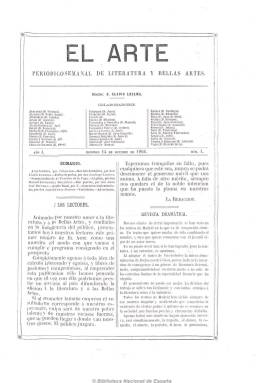
Título: El Arte (Madrid. 1866)
Colección: Literatura || Arte
Ámbito geográfico: Madrid
Lugar de publicación: Madrid
Fechas: 14/10/1866-23/12/1866

Subtitulado como “periódico semanal de literatura y bellas artes”, aparece en números de ocho páginas. Dedicado especialmente a la música, sus dos principales secciones son Revista dramática y Revista lírica, especie de crónica sobre la actividad teatral. Publica también textos de creación literaria (narrativa breve y poemas), artículos varios y una sección de variedades.

Su editor responsable y director es Eladio Lezama, y sus principales redactores, José Teulón y Juan José Herranz. Bajo su cabecera aparece la nómina de casi medio centenar de literatos de la época como colaboradores, entre los que se encuentran Francisco Asenjo Barbieri, Eusebio Blasco, José Alcalá Galiano, Mariano Fortuny, Julián Romea, Isidoro Fernández Florez, J. Gimeno Agius y José Selgas.